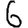
Digit: 6